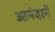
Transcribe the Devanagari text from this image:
आनंदानें